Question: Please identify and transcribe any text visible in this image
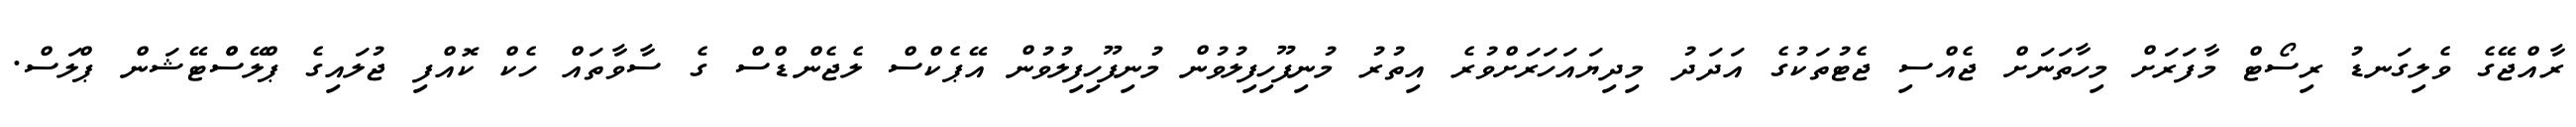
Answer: ރާއްޖޭގެ ވެލިގަނޑު ރިސޯޓް މާފަރަށް މިހާތަނަށް ޖެއްސި ޖެޓުތަކުގެ އަދަދު މިދިޔައަހަރަށްވުރެ އިތުރު މުނިފޫހިފިލުވުން މުނިފޫހިފިލުވުން އޭޕެކްސް ލެޖެންޑްސް ގެ ސާވާތައް ހެކް ކޮއްފި ޖުލައިގެ ޕްލޭސްްޓޭޝަން ޕްލަސް.